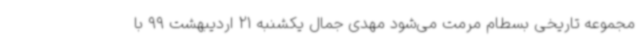
مجموعه تاریخی بسطام مرمت می‌شود مهدی جمال یکشنبه 21 اردیبهشت 99 با